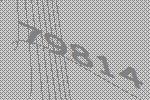
79814